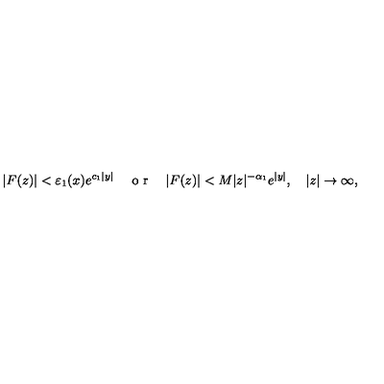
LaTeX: \vert F ( z ) \vert < \varepsilon _ { 1 } ( x ) e ^ { c _ { 1 } \vert y \vert } \quad \textrm { o r } \quad \vert F ( z ) \vert < M \vert z \vert ^ { - \alpha _ { 1 } } e ^ { \vert y \vert } , \quad \vert z \vert \to \infty ,